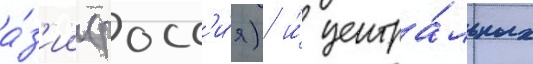
а́з'ии (росс'и́я) и́ центра́льных